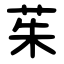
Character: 茱